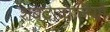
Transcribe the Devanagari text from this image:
शबदावालियों